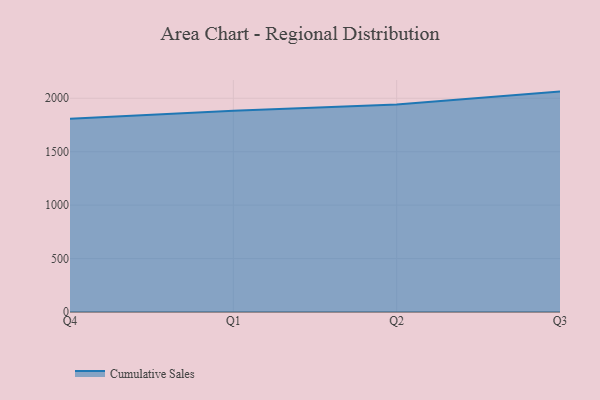
{"axis": {"x": "Quarter", "y": "Humidity (%)"}, "legend": ["Cumulative Sales"], "data": [{"x": "Q4", "y": 1808.0, "type": "Cumulative Sales"}, {"x": "Q1", "y": 1883.4, "type": "Cumulative Sales"}, {"x": "Q2", "y": 1941.5, "type": "Cumulative Sales"}, {"x": "Q3", "y": 2062.2, "type": "Cumulative Sales"}]}